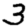
Digit: 3